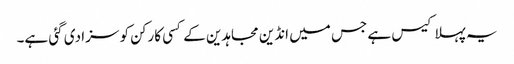
یہ پہلا کیس ہے جس میں انڈین مجاہدین کے کسی کارکن کو سزا دی گئی ہے۔